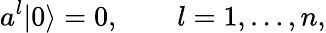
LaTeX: a^{l}|0\rangle=0,\qquad l=1,\ldots,n,